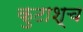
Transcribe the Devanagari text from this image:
कुटाश्च